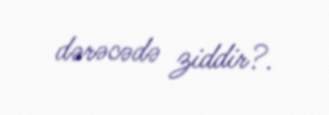
dərəcədə ziddir?.